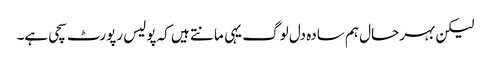
لیکن بہرحال ہم سادہ دل لوگ یہی مانتے ہیں کہ پولیس رپورٹ سچی ہے۔